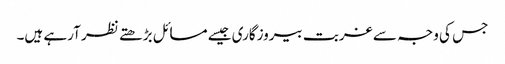
جس کی وجہ سے غربت بیروزگاری جیسے مسائل بڑھتے نظر آرہے ہیں۔